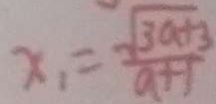
x _ { 1 } = \frac { \sqrt { 3 a + 3 } } { a + 1 }